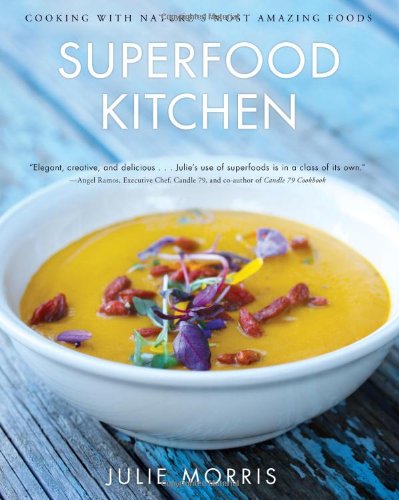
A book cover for Superfood Kitchen: Cooking with Nature's Most Amazing Foods; Julie Morris; Cookbooks, Food & Wine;